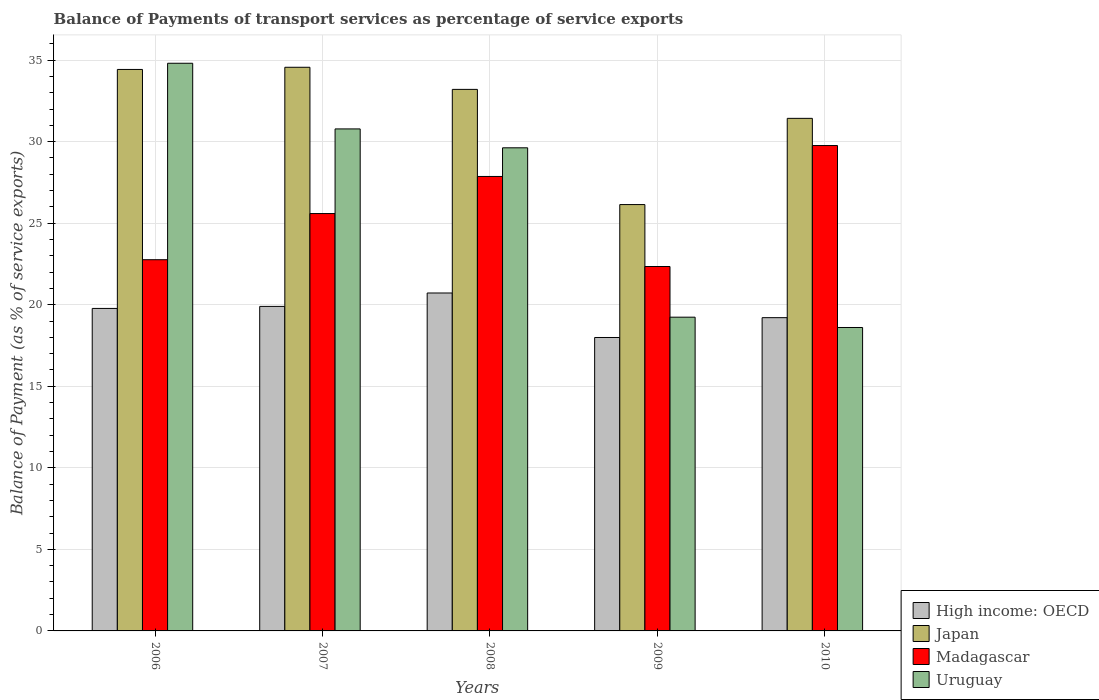
| Years | High income: OECD | Japan | Madagascar | Uruguay |
 | --- | --- | --- | --- | --- |
 | 2006 | 19.8 | 34.4 | 22.8 | 34.8 |
 | 2007 | 19.9 | 34.6 | 25.6 | 30.8 |
 | 2008 | 20.7 | 33.2 | 27.9 | 29.6 |
 | 2009 | 18 | 26.1 | 22.3 | 19.2 |
 | 2010 | 19.2 | 31.4 | 29.8 | 18.6 |